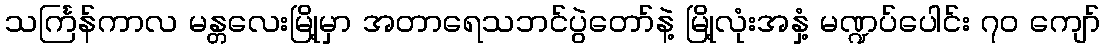
သင်္ကြန်ကာလ မန္တလေးမြို့မှာ အတာရေသဘင်ပွဲတော်နဲ့ မြို့လုံးအနှံ့ မဏ္ဍပ်ပေါင်း ၇၀ ကျော်